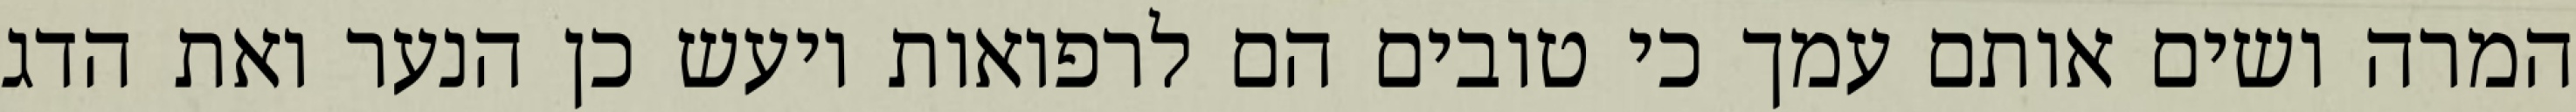
המרה ושים אותם עמך כי טובים הם לרפואות ויעש כן הנער ואת הדג